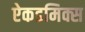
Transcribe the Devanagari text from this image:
ऐकडमिक्स